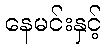
နေမင်းနှင့်